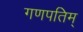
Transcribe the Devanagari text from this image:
गणपतिम्‌